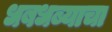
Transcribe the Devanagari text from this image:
धबधब्याचा